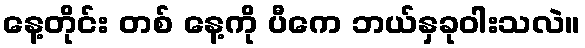
နေ့တိုင်း တစ် နေ့ကို ပီကေ ဘယ်နှခုဝါးသလဲ။